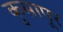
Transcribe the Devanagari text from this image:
कुसापूर